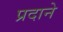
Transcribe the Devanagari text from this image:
प्रदाने